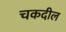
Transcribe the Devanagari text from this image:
चकदील